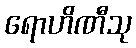
ရောဟိဏီသု